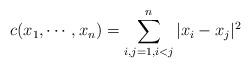
LaTeX: \begin{align*} c(x_1, \cdots, x_n) = \sum_{i,j=1, i<j}^n |x_i - x_j|^2 \end{align*}